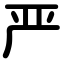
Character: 严